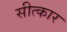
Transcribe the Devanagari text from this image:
सीत्कार